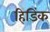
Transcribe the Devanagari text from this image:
हिडिंक